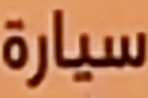
سيارة